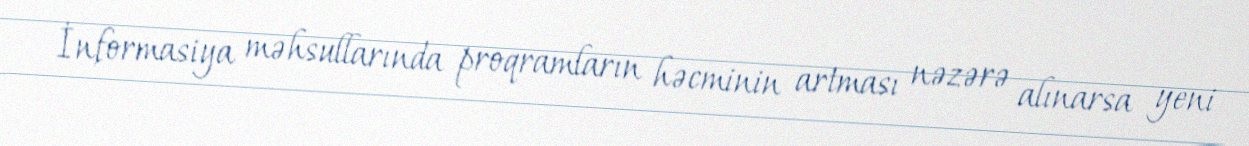
İnformasiya məhsullarında proqramların həcminin artması nəzərə alınarsa yeni